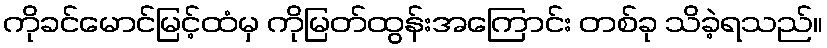
ကိုခင်မောင်မြင့်ထံမှ ကိုမြတ်ထွန်းအကြောင်း တစ်ခု သိခဲ့ရသည်။